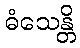
ဓံသေန္တိ